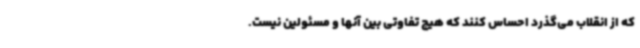
که از انقلاب می‌گذرد احساس کنند که هیچ تفاوتی بین آنها و مسئولین نیست.